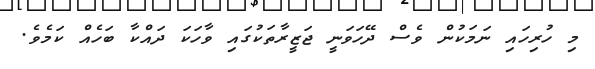
މި ހުރިހައި ނަމަކުން ވެސް ދޭހަވަނީ ޖަޒީރާތަކުގައި ވާހަކަ ދައްކާ ބަހެއް ކަމެވެ.